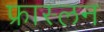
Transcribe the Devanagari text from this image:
फ्रास्लन